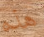
هذه